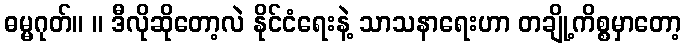
ဓမ္မဂုတ်။ ။ ဒီလိုဆိုတော့လဲ နိုင်ငံရေးနဲ့ သာသနာရေးဟာ တချို့ကိစ္စမှာတော့